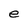
Character: e